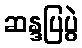
ဆန္ဒပြပွဲ